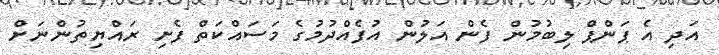
އަދި އެ ޕަންޕް ލިބުމުން ފެން އަލުން އުފެއްދުމުގެ މަސައްކަތް ފެށި ރައްޔިތުންނަށް